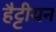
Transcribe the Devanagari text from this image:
हैट्टीयन